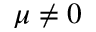
\mu \neq 0